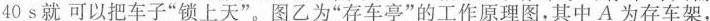
40s就可以把车子”锁上天”。图乙为”存车亭”的工作原理图，其中A为存车架，